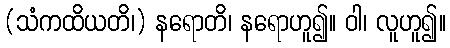
(သံကထိယတိ၊) နရောတိ၊ နရောဟူ၍။ ဝါ၊ လူဟူ၍။